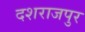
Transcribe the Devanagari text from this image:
दशराजपुर